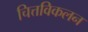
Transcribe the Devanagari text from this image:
चित्तविकलन